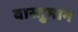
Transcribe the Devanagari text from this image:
वास्तुमान